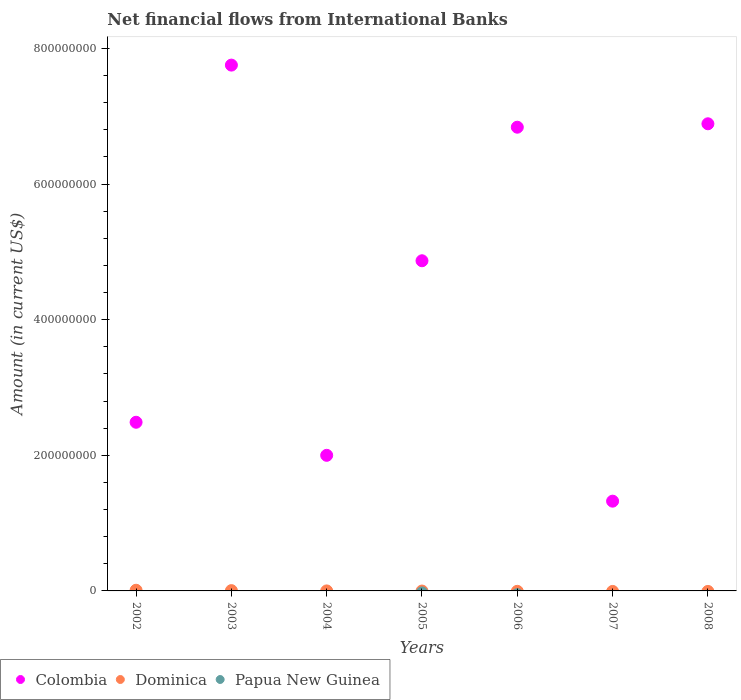
| Years | Colombia | Dominica | Papua New Guinea |
 | --- | --- | --- | --- |
 | 2002 | 2.49e+08 | 9.89e+05 | -1.42e+07 |
 | 2003 | 7.75e+08 | 4.3e+05 | -1.49e+07 |
 | 2004 | 2e+08 | 4e+03 | -1.3e+07 |
 | 2005 | 4.87e+08 | -1.87e+05 | -2.95e+06 |
 | 2006 | 6.84e+08 | -6.03e+05 | -5.55e+06 |
 | 2007 | 1.32e+08 | -7.57e+05 | -6.61e+07 |
 | 2008 | 6.89e+08 | -7.55e+05 | -2.57e+07 |